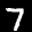
Label: 7